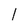
Character: l